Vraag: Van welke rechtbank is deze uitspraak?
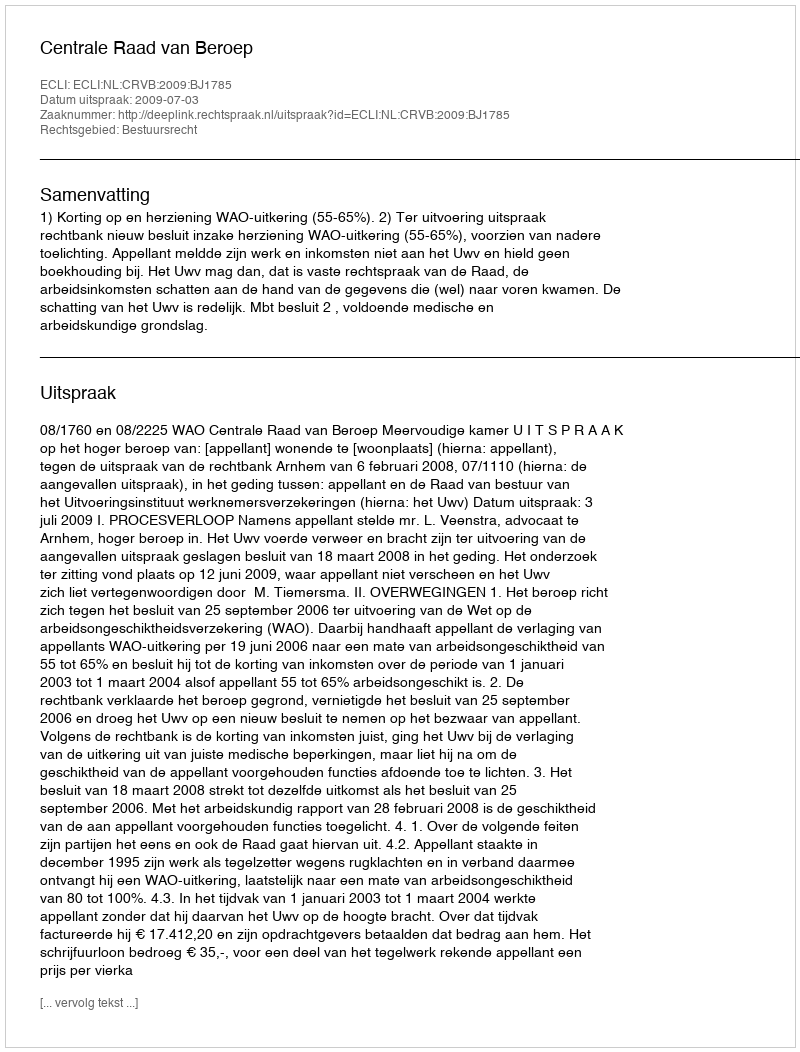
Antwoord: Centrale Raad van Beroep